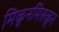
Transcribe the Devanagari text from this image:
मिळूनमिसळून